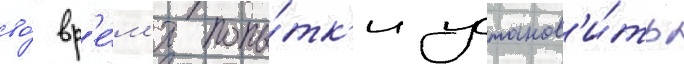
во́ вр'е́м'я попы́тк'и установ'и́ть